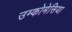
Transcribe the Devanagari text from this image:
उम्कोमेसिया